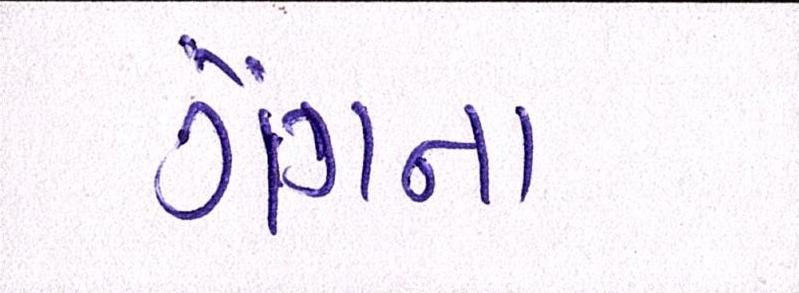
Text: ગેંગના